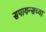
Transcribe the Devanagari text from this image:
सपायन्सच्या